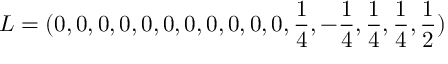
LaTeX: L = ( 0 , 0 , 0 , 0 , 0 , 0 , 0 , 0 , 0 , 0 , 0 , { \frac { 1 } { 4 } } , - { \frac { 1 } { 4 } } , { \frac { 1 } { 4 } } , { \frac { 1 } { 4 } } , { \frac { 1 } { 2 } } )